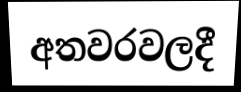
අතවරවලදී